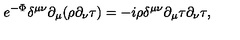
e ^ { - \Phi } \delta ^ { \mu \nu } \partial _ { \mu } ( \rho \partial _ { \nu } \tau ) = - i \rho \delta ^ { \mu \nu } \partial _ { \mu } \tau \partial _ { \nu } \tau ,